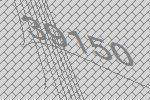
39150